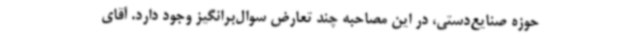
حوزه صنایع‌دستی، در این مصاحبه چند تعارض سوال‌برانگیز وجود دارد. آقای